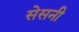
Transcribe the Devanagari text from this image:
सेसनी